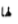
لها